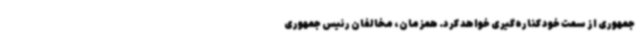
جمهوری از سمت خود کناره‌گیری خواهد کرد. همزمان، مخالفان رئیس جمهوری